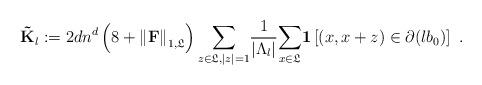
LaTeX: \begin{align*}\mathbf{\tilde{K}}_{l}:=2dn^{d}\left( 8+\left\Vert \mathbf{F}\right\Vert _{1,\mathfrak{L}}\right) \underset{z\in \mathfrak{L},|z|=1}{\sum }\frac{1}{\left\vert \Lambda _{l}\right\vert }\underset{x\in \mathfrak{L}}{\sum }\mathbf{1}\left[ \left( x,x+z\right) \in \partial (lb_{0})\right] \ .\end{align*}